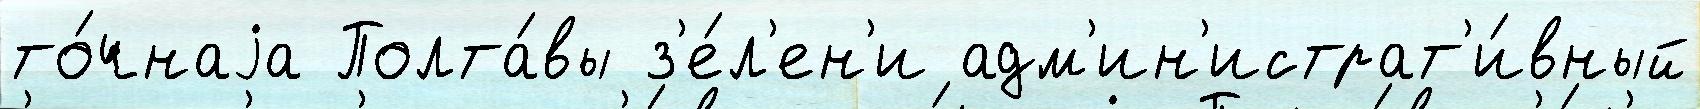
то́чнаjа Полта́вы з'е́л'ен'и адм'ин'истрат'и́вный